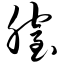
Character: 膣